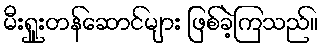
မီးရှူးတန်ဆောင်များ ဖြစ်ခဲ့ကြသည်။